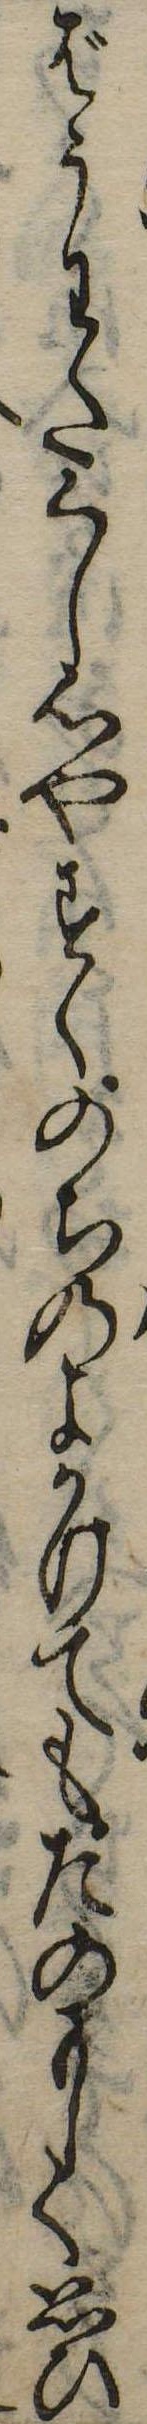
ばうわたくし心やすくのちのよかけてもたのもしく思ひ